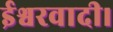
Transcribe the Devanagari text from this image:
ईश्वरवादी।